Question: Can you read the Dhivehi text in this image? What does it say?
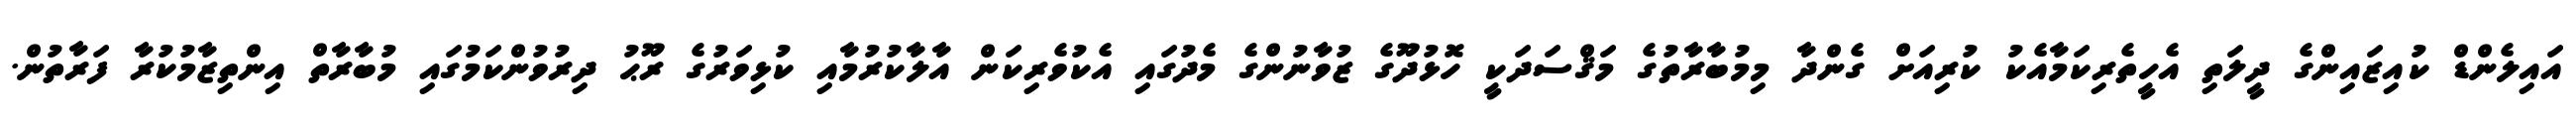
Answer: އައިލެންޑް ކުއިޒައިންގެ ދީލަތި އެހީތެރިކަމާއެކު ކުރިއަށް ގެންދާ މިމުބާރާތުގެ މަޤްސަދަކީ ހޮޅުދޫގެ ޒުވާނުންގެ މެދުގައި އެކުވެރިކަން އާލާކުރުމާއި ކުޅިވަރުގެ ރޫޙު ދިރުވުންކަމުގައި މުބާރާތް އިންތިޒާމުކުރާ ފަރާތުން.